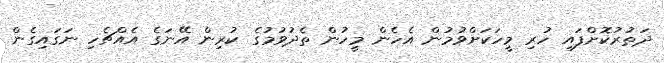
ދަތުރުކޮށްފައި ހުރި މީހަކަށްވުމުން އެހެން މީހުން ތެދުވުމުގެ ކުރިން އޭނަގެ އެއްޗެހި ނަގައިގެން